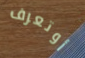
أوتعرف